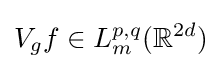
V_{g}f\in L_{m}^{p,q}(\mathbb {R} ^{2d})